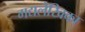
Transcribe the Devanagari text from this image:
गद्यलेखिका